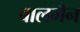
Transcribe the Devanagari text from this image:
बालमैन